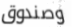
وصندوق